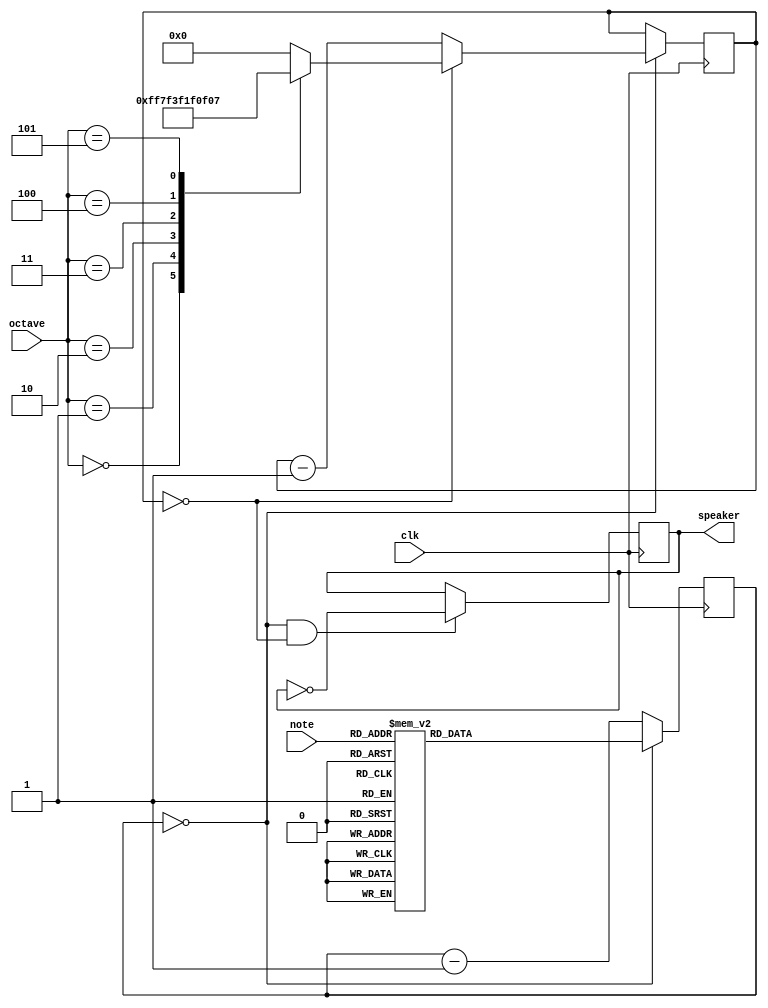
`timescale 1ns / 1ps
//////////////////////////////////////////////////////////////////////////////////
// Company: 
// Engineer: 
// 
// Design Name: 
// Module Name: music_box
// Project Name: 
// Target Devices: 
// Tool Versions: 
// Description: 
// 
// Dependencies: 
// 
// Revision:
// Revision 0.01 - File Created
// Additional Comments:
// 
//////////////////////////////////////////////////////////////////////////////////


module music_box(
    input clk,
    input [3:0] note,
    input [2:0] octave,
    output reg speaker=1'd0
    );

reg [9:0] clkdivider=10'd0;
always @(note)
    case (note)
         0: clkdivider = 10'd747;//C
         1: clkdivider = 10'd705;//C#/Db
         2: clkdivider = 10'd665;//D
         3: clkdivider = 10'd627;//D#/Eb
         4: clkdivider = 10'd592;//E
         5: clkdivider = 10'd558;//F
         6: clkdivider = 10'd527;//F#/Gb
         7: clkdivider = 10'd497;//G
         8: clkdivider = 10'd469;//G#/Ab
         9: clkdivider = 10'd442;//A
        10: clkdivider = 10'd417;//A#/Bb
        11: clkdivider = 10'd394;//B
        default: clkdivider = 10'd0;
    endcase

reg [9:0] counter_note=10'd0;
always @(posedge clk) counter_note <= counter_note==10'd0 ? clkdivider : counter_note-10'd1;

reg [7:0] counter_octave=8'd0;
always @(posedge clk)
    if (counter_note==10'd0) begin
        if (counter_octave==8'd0) 
            case (octave)
                0: counter_octave <= 8'd255;
                1: counter_octave <= 8'd127;
                2: counter_octave <= 8'd63;
                3: counter_octave <= 8'd31;
                4: counter_octave <= 8'd15;
                5: counter_octave <= 8'd7;
                default: counter_octave <= 8'd0;//never happen
            endcase
        else
            counter_octave  <= counter_octave-8'd1;
    end

always @(posedge clk) if (counter_note==10'd0 && counter_octave==8'd0) speaker <= ~speaker;
endmodule